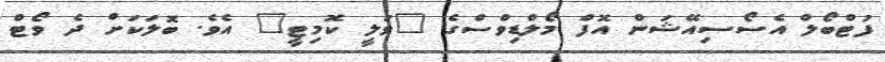
ފުޓްބޯލް އެސޯސިއޭޝަން އޮފް މޯލްޑިވްސްގެ "ވަލީ ކޮމިޓީ" އެވެ. ބޮލަކަށް ދެ ވޯޓް